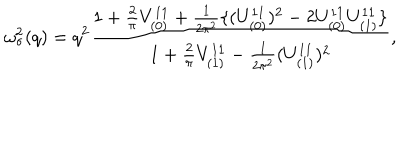
LaTeX: \omega _ { \sigma } ^ { 2 } ( q ) = q ^ { 2 } \frac { 1 + \frac { 2 } { \pi } V _ { ( 0 ) } ^ { 1 1 } + \frac { 1 } { 2 \pi ^ { 2 } } \{ ( U _ { ( 0 ) } ^ { 1 1 } ) ^ { 2 } - 2 U _ { ( 0 ) } ^ { 1 1 } U _ { ( 1 ) } ^ { 1 1 } \} } { 1 + \frac { 2 } { \pi } V _ { ( 1 ) } ^ { 1 1 } - \frac { 1 } { 2 \pi ^ { 2 } } ( U _ { ( 1 ) } ^ { 1 1 } ) ^ { 2 } } ,